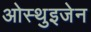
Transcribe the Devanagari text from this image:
ओस्थुइजेन